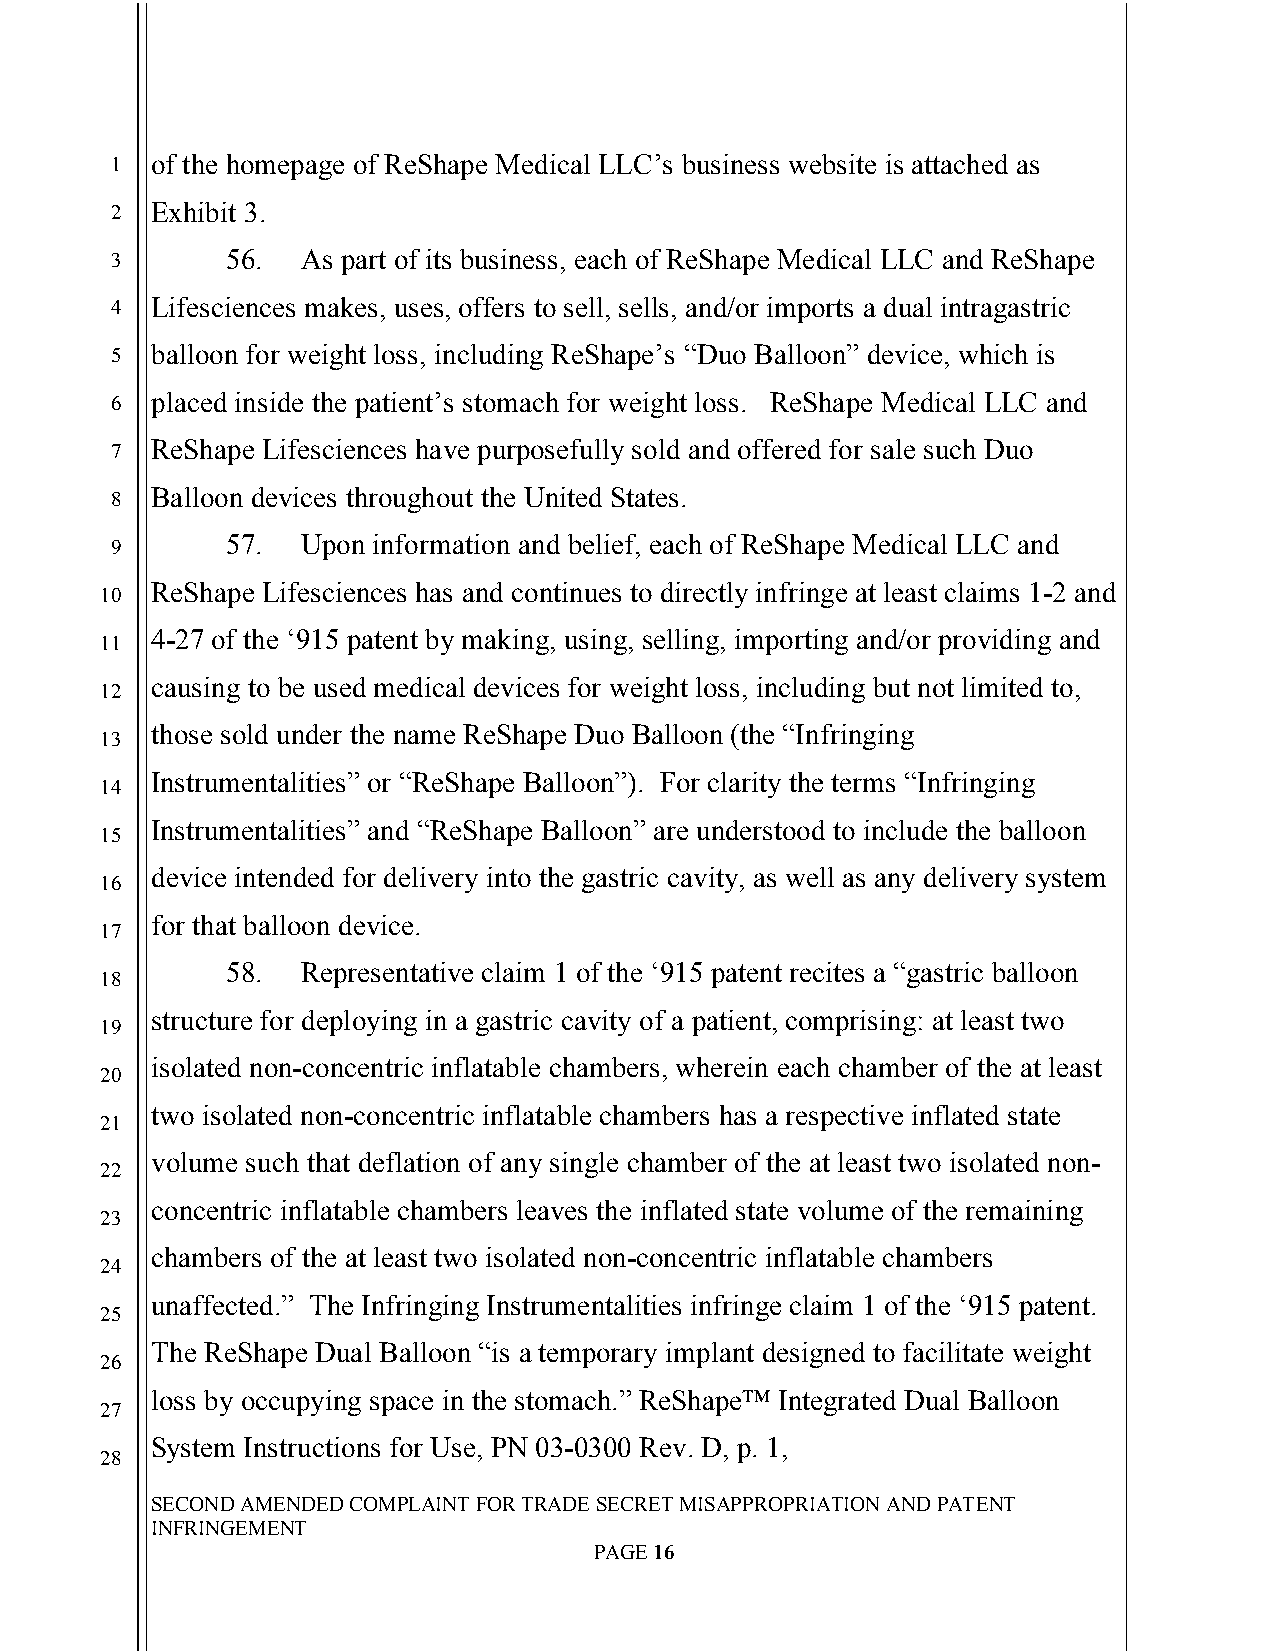
`
 1  of the homepage of ReShape Medical LLC’s business website is attached as
 2  Exhibit 3.
 3       56.  As part of its business, each of ReShape Medical LLC and ReShape
 4  Lifesciences makes, uses, offers to sell, sells, and/or imports a dual intragastric
 5  balloon for weight loss, including ReShape’s “Duo Balloon” device, which is
 6  placed inside the patient’s stomach for weight loss. ReShape Medical LLC and
 7  ReShape Lifesciences have purposefully sold and offered for sale such Duo
 8  Balloon devices throughout the United States.
 57.  Upon information and belief, each of ReShape Medical LLC and
 9
 ReShape Lifesciences has and continues to directly infringe at least claims 1-2 and
 10
 4-27 of the ‘915 patent by making, using, selling, importing and/or providing and
 11
 causing to be used medical devices for weight loss, including but not limited to,
 12
 those sold under the name ReShape Duo Balloon (the “Infringing
 13
 Instrumentalities” or “ReShape Balloon”). For clarity the terms “Infringing
 14
 Instrumentalities” and “ReShape Balloon” are understood to include the balloon
 15
 device intended for delivery into the gastric cavity, as well as any delivery system
 16
 for that balloon device.
 17
 58.  Representative claim 1 of the ‘915 patent recites a “gastric balloon
 18
 structure for deploying in a gastric cavity of a patient, comprising: at least two
 19
 isolated non-concentric inflatable chambers, wherein each chamber of the at least
 20
 two isolated non-concentric inflatable chambers has a respective inflated state
 21
 volume such that deflation of any single chamber of the at least two isolated non-
 22
 concentric inflatable chambers leaves the inflated state volume of the remaining
 23
 chambers of the at least two isolated non-concentric inflatable chambers
 24
 unaffected.” The Infringing Instrumentalities infringe claim 1 of the ‘915 patent.
 25
 The ReShape Dual Balloon “is a temporary implant designed to facilitate weight
 26
 loss by occupying space in the stomach.” ReShape™ Integrated Dual Balloon
 27
 System Instructions for Use, PN 03-0300 Rev. D, p. 1,
 28
 SECOND AMENDED COMPLAINT FOR TRADE SECRET MISAPPROPRIATION AND PATENT
 INFRINGEMENT
 PAGE 16